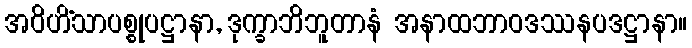
အဝိဟိံသာပစ္စုပဋ္ဌာနာ, ဒုက္ခာဘိဘူတာနံ အနာထဘာဝဒဿနပဒဋ္ဌာနာ။